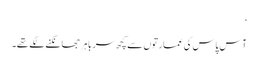
‘
آس پاس کی عمارتوں سے کچھ سر باہر جھانکنے لگے تھے۔